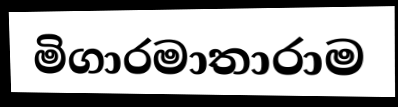
මිගාරමාතාරාම